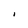
Character: I